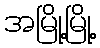
အမြို့မြို့